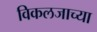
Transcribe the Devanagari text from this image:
विकलजाच्या